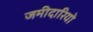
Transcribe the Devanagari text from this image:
जमीदारियो